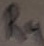
Text: R4